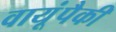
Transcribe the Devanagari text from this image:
वायूंपैकी